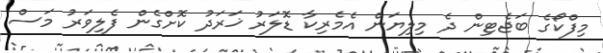
މިފްކޯގެ ބަޖެޓިން ދެ މިލިޔަން އެމެރިކާ ޑޮލަރު ޚަރަދު ކޮށްގެން ފެލިވަރު މަސް